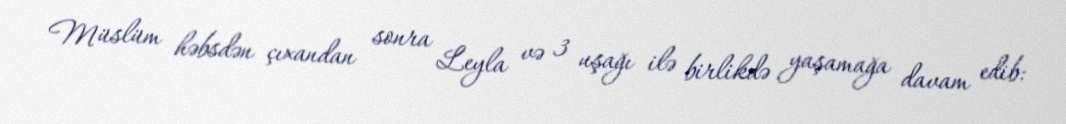
Müslüm həbsdən çıxandan sonra Leyla və 3 uşağı ilə birlikdə yaşamağa davam edib: